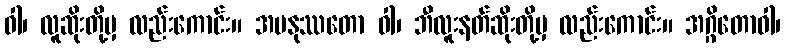
ဝါ၊ လူဆိုးတို့မှ လည်းကောင်း။ အမနုဿတော ဝါ၊ ဘီလူးနတ်ဆိုးတို့မှ လည်းကောင်း။ အဂ္ဂိတောဝါ၊